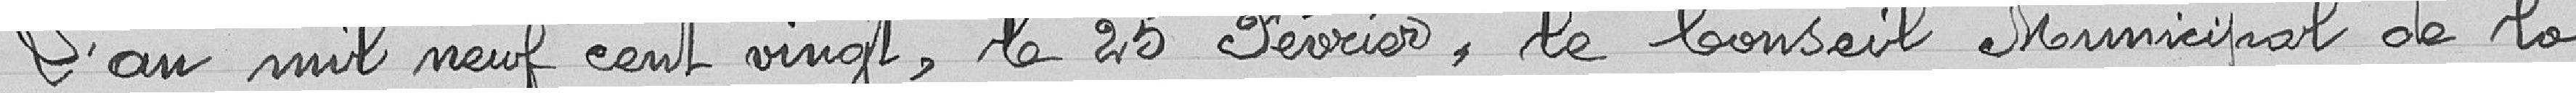
L'an mil neuf cent vingt, le 25 février, le Conseil Municipal de la